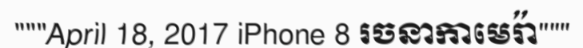
"""April 18, 2017 iPhone 8 រចនាកាមេរ៉ា"""